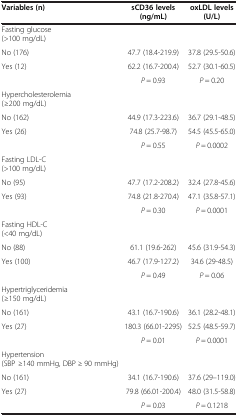
<table><thead><tr><td><b>Variables (n)</b></td><td><b>sCD36 levels (ng/mL)</b></td><td><b>oxLDL levels (U/L)</b></td></tr></thead><tbody><tr><td>Fasting glucose (&gt;100 mg/dL)</td><td> </td><td> </td></tr><tr><td>No (176)</td><td>47.7 (18.4-219.9)</td><td>37.8 (29.5-50.6)</td></tr><tr><td rowspan="2">Yes (12)</td><td>62.2 (16.7-200.4)</td><td>52.7 (30.1-60.5)</td></tr><tr><td><i>P</i> = 0.93</td><td><i>P</i> = 0.20</td></tr><tr><td>Hypercholesterolemia (≥200 mg/dL)</td><td> </td><td> </td></tr><tr><td>No (162)</td><td>44.9 (17.3-223.6)</td><td>36.7 (29.1-48.5)</td></tr><tr><td rowspan="2">Yes (26)</td><td>74.8 (25.7-98.7)</td><td>54.5 (45.5-65.0)</td></tr><tr><td><i>P</i> = 0.55</td><td><i>P</i> = 0.0002</td></tr><tr><td>Fasting LDL-C (&gt;100 mg/dL)</td><td> </td><td> </td></tr><tr><td>No (95)</td><td>47.7 (17.2-208.2)</td><td>32.4 (27.8-45.6)</td></tr><tr><td rowspan="2">Yes (93)</td><td>74.8 (21.8-270.4)</td><td>47.1 (35.8-57.1)</td></tr><tr><td><i>P</i> = 0.30</td><td><i>P</i> = 0.0001</td></tr><tr><td>Fasting HDL-C (&lt;40 mg/dL)</td><td> </td><td> </td></tr><tr><td>No (88)</td><td>61.1 (19.6-262)</td><td>45.6 (31.9-54.3)</td></tr><tr><td rowspan="2">Yes (100)</td><td>46.7 (17.9-127.2)</td><td>34.6 (29-48.5)</td></tr><tr><td><i>P</i> = 0.49</td><td><i>P</i> = 0.06</td></tr><tr><td>Hypertriglyceridemia (≥150 mg/dL)</td><td> </td><td> </td></tr><tr><td>No (161)</td><td>43.1 (16.7-190.6)</td><td>36.1 (28.2-48.1)</td></tr><tr><td rowspan="2">Yes (27)</td><td>180.3 (66.01-2295)</td><td>52.5 (48.5-59.7)</td></tr><tr><td><i>P</i> = 0.01</td><td><i>P</i> = 0.0001</td></tr><tr><td>Hypertension (SBP ≥140 mmHg, DBP ≥ 90 mmHg)</td><td> </td><td> </td></tr><tr><td>No (161)</td><td>34.1 (16.7-190.6)</td><td>37.6 (29–119.0)</td></tr><tr><td>Yes (27)</td><td>79.8 (66.01-200.4)</td><td>48.0 (31.5-58.8)</td></tr><tr><td> </td><td><i>P</i> = 0.03</td><td><i>P</i> = 0.1218</td></tr></tbody></table>